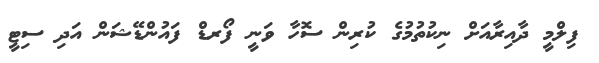
ފިލްމީ ދާއިރާއަށް ނިކުތުމުގެ ކުރިން ސޮހާ ވަނީ ފޯރޑް ފައުންޑޭޝަން އަދި ސިޓީ